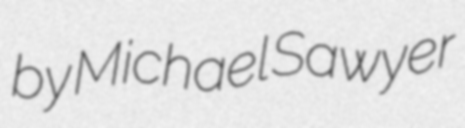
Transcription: by Michael Sawyer